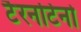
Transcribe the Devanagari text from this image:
टैरनटिनो